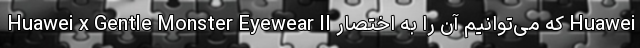
Huawei x Gentle Monster Eyewear II که می‌توانیم آن را به اختصار Huawei